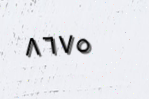
٨٦٧٥